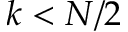
k < N / 2